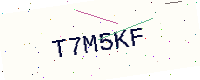
Text: T7M5KF